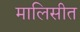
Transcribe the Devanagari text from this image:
मालिसीत